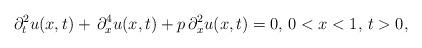
LaTeX: \begin{align*} \partial^2_t u (x,t) + \, \partial^4_x u (x,t) + p \, \partial_x^2 u (x,t) = 0, \, 0 < x < 1, \, t > 0, \end{align*}